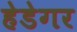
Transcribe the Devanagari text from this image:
हेडेगर